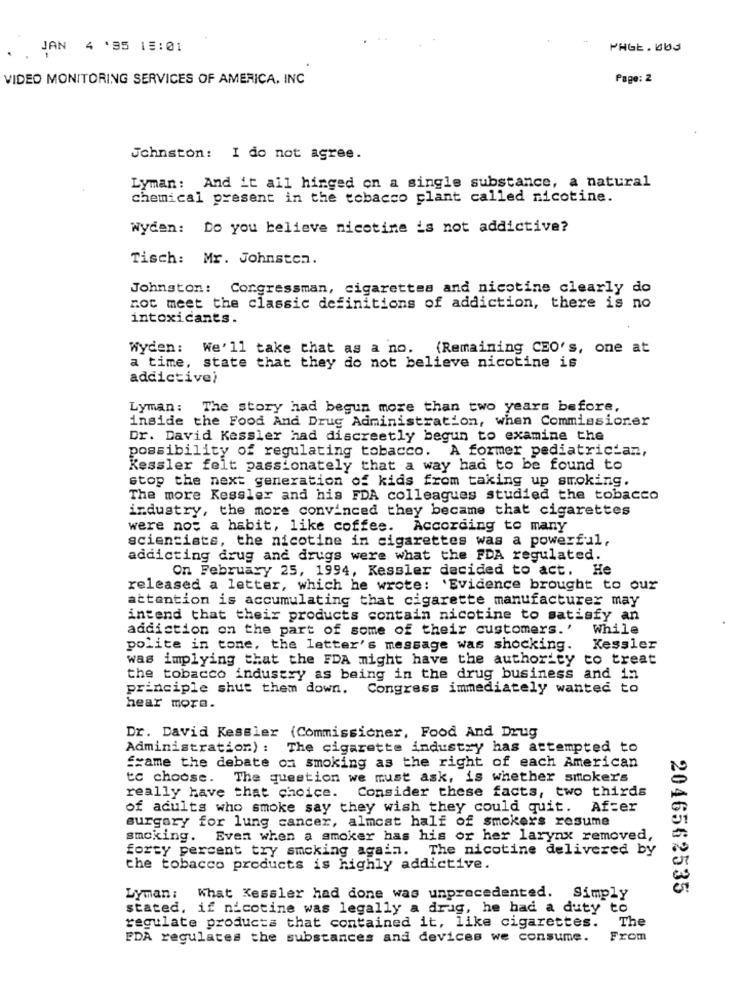
JAN 4 '95 15:01
PHGE. 003
VIDEO MONITORING SERVICES OF AMERICA. INC
Page: 2
Johnston: I do not agree.
Lyman: And it all hinged on a single substance, a natural
chemical present in the tobacco plant called nicotine.
Wyden: Do you believe nicotine is not addictive?
Tisch: Mr. Johnston.
Johnston: Congressman, cigarettes and nicotine clearly do
not meet the classic definitions of addiction, there is no
intoxicants.
Wyden: We'll take that as a no. (Remaining CEO's, one at
a time, state that they do not believe nicotine is
addictive)
Lyman: The story had begun more than two years before,
inside the Food And Drug Administration, when Commissioner
Dr. David Kessler had discreetly begun to examine the
possibility of regulating tobacco. A former pediatrician,
Kessler felt passionately that a way had to be found to
stop the next generation of kids from taking up smoking.
The more Kessler and his FDA colleagues studied the tobacco
industry, the more convinced they became that cigarettes
were not a habit, like coffee. According to many
scientists, the nicotine in cigarettes was a powerful,
addicting drug and drugs were what the FDA regulated.
On February 25, 1994, Kessler decided to act, He
released a letter, which he wrote: 'Evidence brought to our
attention is accumulating that cigarette manufacturer may
intend that their products contain nicotine to satisfy an
addiction on the part of some of their customers.
While
polite in tone, the letter's message was shocking.
Kessler
was implying that the FDA might have the authority to treat
the tobacco industry as being in the drug business and in
principle shut them down. Congress immediately wanted to
hear mora.
Dr. David Kessler (Commissioner, Food And Drug
Administration) : The cigarette industry has attempted to
frame the debate on smoking as the right of each American
to choose. The question we must ask, is whether smokers
Consider these facts, two thirds
really have that choice.
of adults who smoke say they wish they could quit. After
surgery for lung cancer, almost half of smokers resume
smoking. Even when a smoker has his or her larynx removed,
forty percent try smoking again. The nicotine delivered by
the tobacco products is highly addictive.
2046562535
Lyman: What Kessler had done was unprecedented. Simply
stated, if nicotine was legally a drug, he had a duty to
The
regulate products that contained it, like cigarettes.
EDA regulates the substances and devices we consume.
From